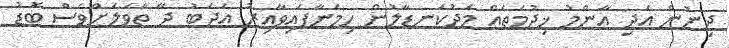
ދިނުން އަދި ޢާންމު ޚިދުމަތެއް މެދުކަނޑާލުން ހިމަނާފައިވާއިރު އަދަބު ދޭ ތާވަލަށްވެސް ބޮޑު